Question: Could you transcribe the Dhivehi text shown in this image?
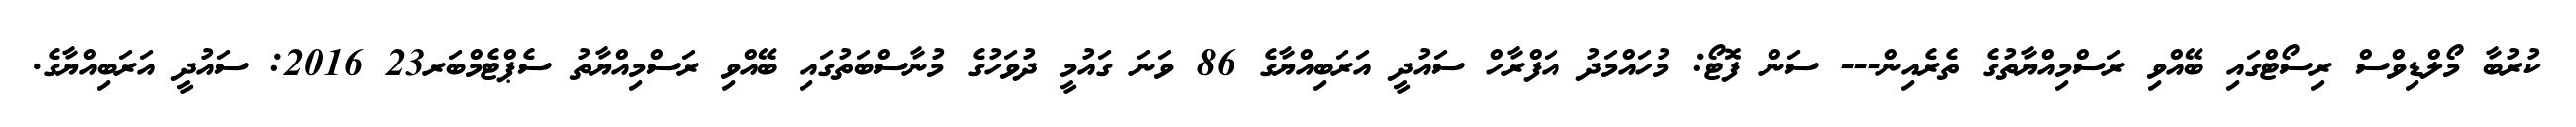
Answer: ކުރުބާ މޯލްޑިވްސް ރިސޯޓްގައި ބޭއްވި ރަސްމިއްޔާތުގެ ތެރެއިން--- ސަން ފޮޓޯ: މުހައްމަދު އަފްރާހް ސައުދީ އަރަބިއްޔާގެ 86 ވަނަ ގައުމީ ދުވަހުގެ މުނާސްބަތުގައި ބޭއްވި ރަސްމިއްޔާތު ސެޕްޓެމްބަރ23 2016: ސައުދީ އަރަބިއްޔާގެ.